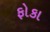
ફોકા